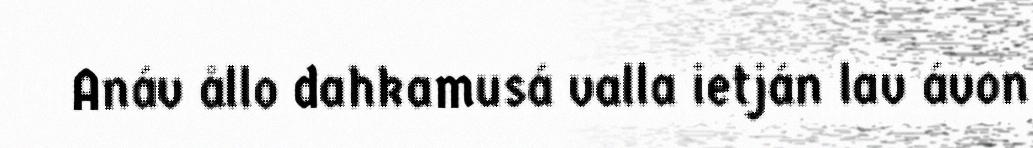
Anáv ållo dahkamusá valla ietján lav ávon